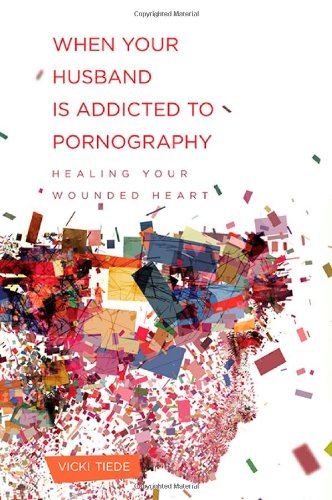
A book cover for When Your Husband Is Addicted to Pornography: Healing Your Wounded Heart; Vicki Tiede; Christian Books & Bibles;